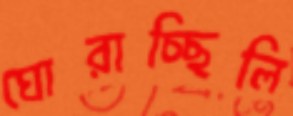
ঘোরাচ্ছিলি